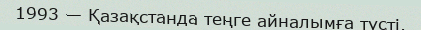
1993 — Қазақстанда теңге айналымға түсті.